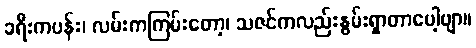
ခရီးကပန်း၊ လမ်းကကြမ်းတော့၊ သဇင်ကလည်းနွမ်းရှာတာပေါ့ဗျာ။